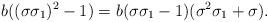
LaTeX: \begin{align*}b((\sigma \sigma_1)^2 -1) = b (\sigma \sigma_1 - 1) (\sigma^2 \sigma_1 + \sigma).\end{align*}